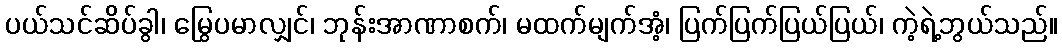
ပယ်သင်ဆိပ်ခွါ၊ မြွေပမာလျှင်၊ ဘုန်းအာဏာစက်၊ မထက်မျက်အံ့၊ ပြက်ပြက်ပြယ်ပြယ်၊ ကဲ့ရဲ့ဘွယ်သည်။